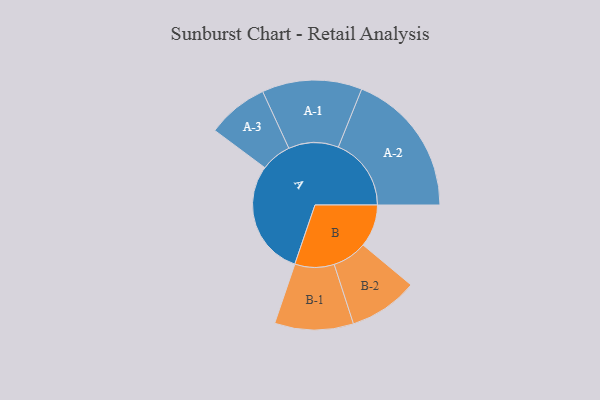
{"axis": {"x": "Segment", "y": "Value"}, "legend": ["", "A", "B"], "data": [{"x": "A", "y": 434, "type": ""}, {"x": "B", "y": 160, "type": ""}, {"x": "A-1", "y": 188, "type": "A"}, {"x": "A-2", "y": 274, "type": "A"}, {"x": "A-3", "y": 115, "type": "A"}, {"x": "B-1", "y": 148, "type": "B"}, {"x": "B-2", "y": 130, "type": "B"}]}